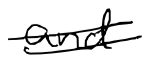
Text: and
Cross-out: double-line
Writing tool: digital_black